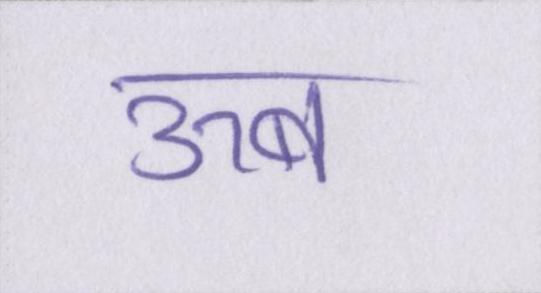
ऊब